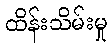
ထိန်းသိမ်းမှု